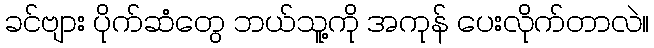
ခင်ဗျား ပိုက်ဆံတွေ ဘယ်သူ့ကို အကုန် ပေးလိုက်တာလဲ။